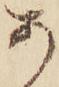
あ